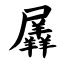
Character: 羼